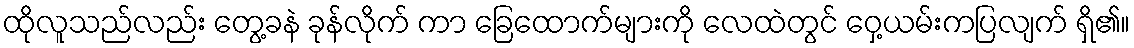
ထိုလူသည်လည်း တွေ့ခနဲ ခုန်လိုက် ကာ ခြေထောက်များကို လေထဲတွင် ဝှေ့ယမ်းကပြလျက် ရှိ၏။